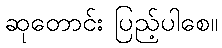
ဆုတောင်း ပြည့်ပါစေ။